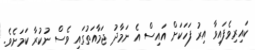
ކައިރިވެފައިވާ އިރު ފަހަކަށް އައިސް އެ ނަމާދު ޖަމާއަތުގައި ވެސް ނުކުރާ ކަމަށެވެ.